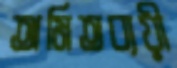
অমিতব্যয়ী